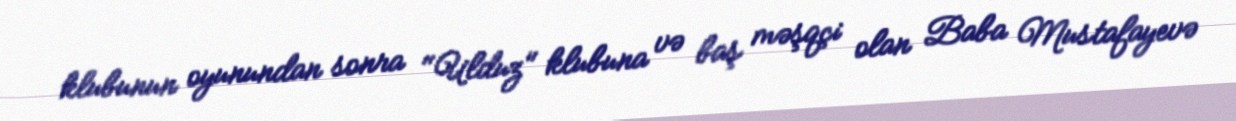
klubunun oyunundan sonra "Ulduz" klubuna və baş məşqçi olan Baba Mustafayevə